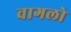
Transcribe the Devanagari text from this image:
वागलो